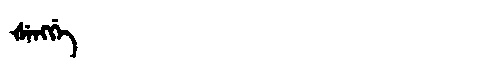
Manchu: ᡧᡝᠩᡤᡝ
Romanization: ŠENGGE